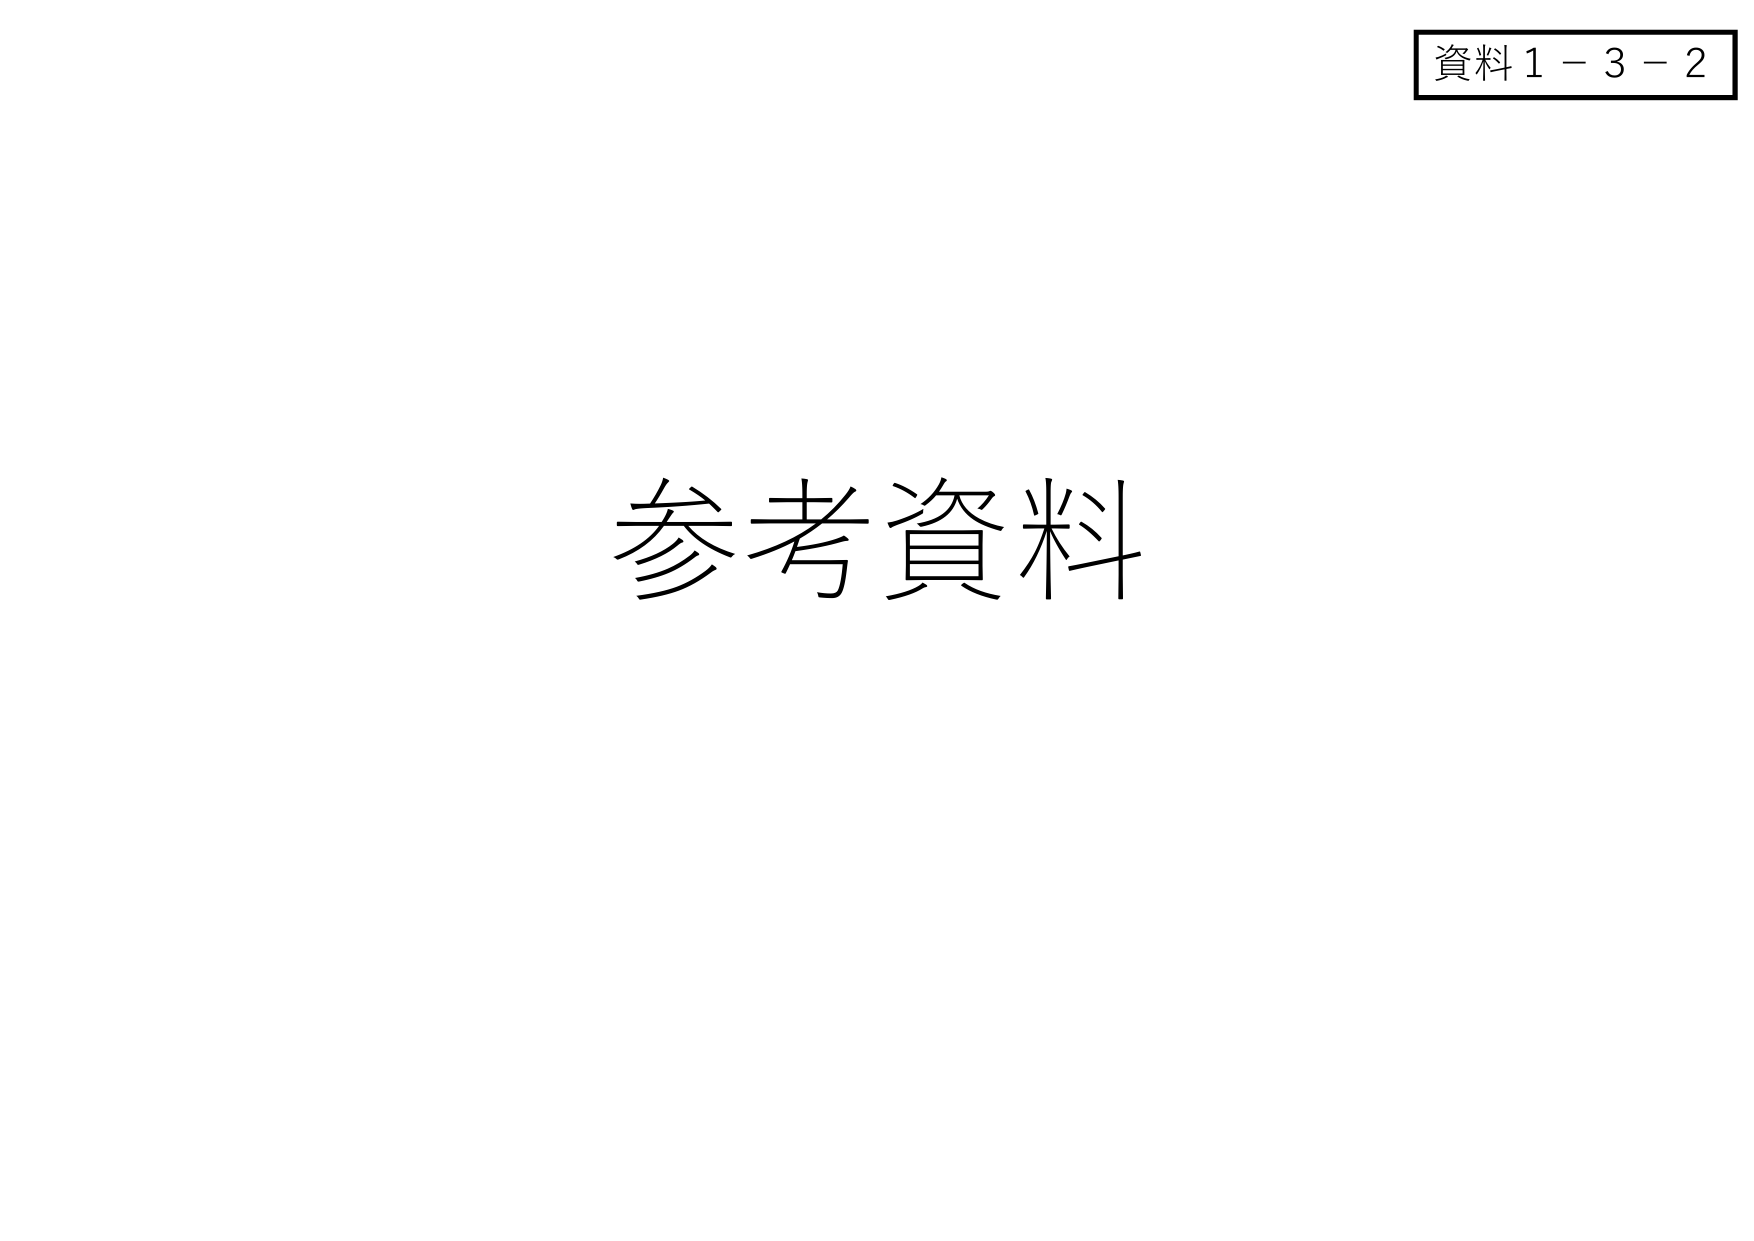
資料1－3－2
参考資料